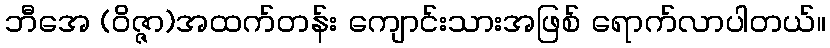
ဘီအေ (ဝိဇ္ဇာ)အထက်တန်း ကျောင်းသားအဖြစ် ရောက်လာပါတယ်။